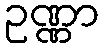
ဥဏ္ဏာ